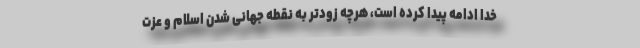
خدا ادامه پیدا کرده است، هرچه زودتر به نقطه جهانی شدن اسلام و عزت